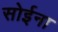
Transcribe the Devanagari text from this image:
सोईना